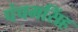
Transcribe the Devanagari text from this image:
पंचमसिंह